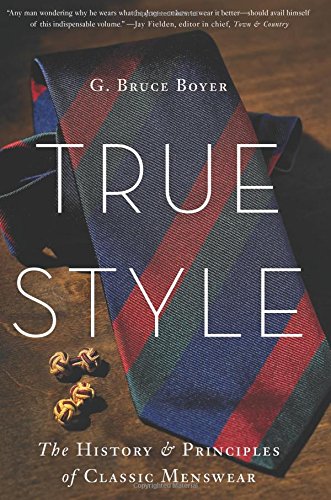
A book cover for True Style: The History and Principles of Classic Menswear; G. Bruce Boyer; Arts & Photography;